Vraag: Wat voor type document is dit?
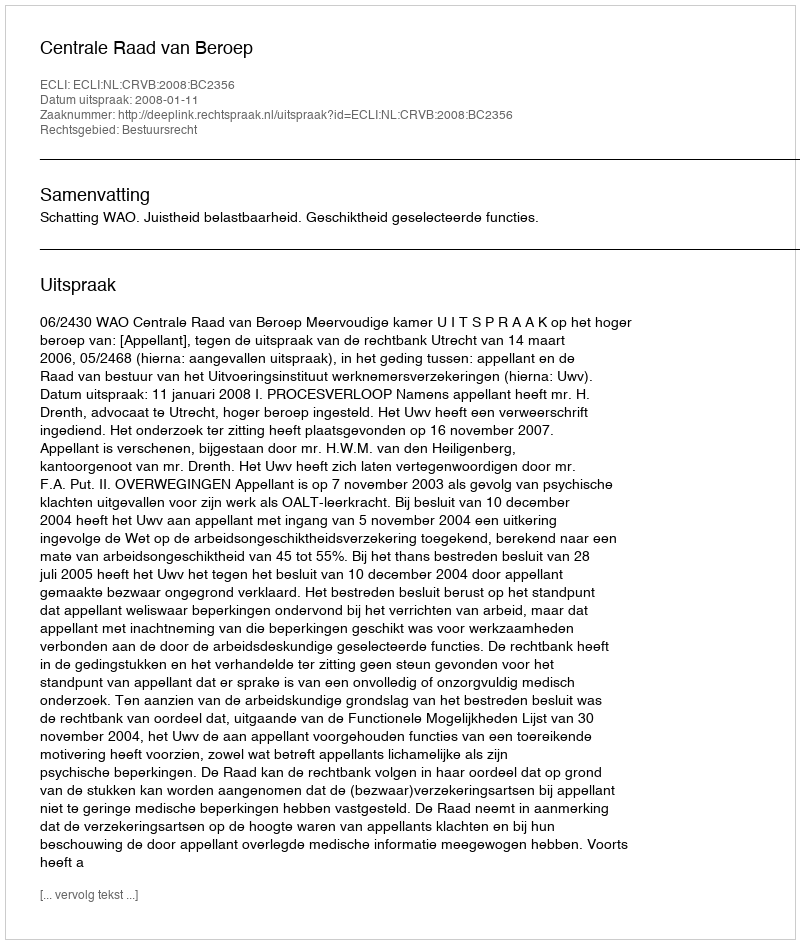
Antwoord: Uitspraak